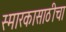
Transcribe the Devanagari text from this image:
स्मारकासाठीचा